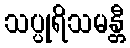
သပ္ပုရိသမန္တီ